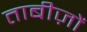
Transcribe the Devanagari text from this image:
ताबीज़ों